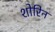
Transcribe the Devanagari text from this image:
शोरिन